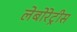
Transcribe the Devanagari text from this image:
लेबोरेट्रीस